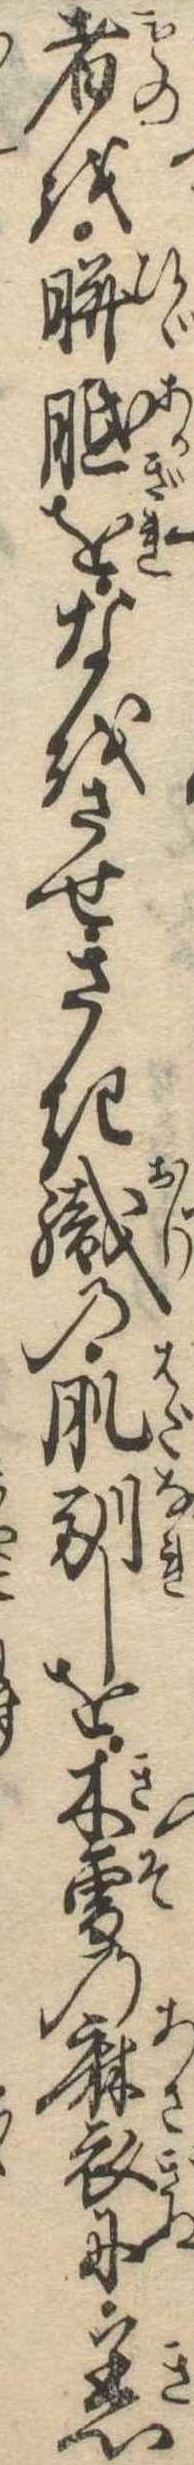
者を胼胝をなをさせさき織の肌馴しを木曽の麻衣に着